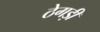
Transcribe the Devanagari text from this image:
ठेगड़ी